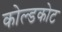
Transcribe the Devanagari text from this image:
कोल्डकोट